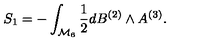
S _ { 1 } = - \int _ { { \cal M } _ { 6 } } { \frac { 1 } { 2 } } d B ^ { ( 2 ) } \wedge A ^ { ( 3 ) } .